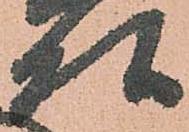
頭